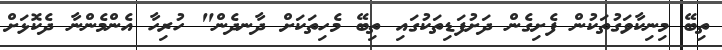
ތިބޭ މިނިކާވަގުތަކުން ފެށިގެން ދަށުފަޑިތަކުގައި ތިބޭ މެހިތަކަށް ދާނދެން" ހުރިހާ އެންމެންނާ ދެކޮޅަށް